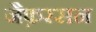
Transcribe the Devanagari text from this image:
जैफ़रसन